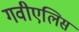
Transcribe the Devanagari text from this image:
गवीएलिस